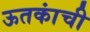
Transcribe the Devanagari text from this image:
ऊतकांची